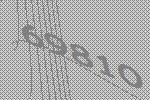
69810